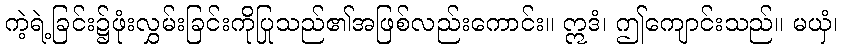
ကဲ့ရဲ့ခြင်း၌ဖုံးလွှမ်းခြင်းကိုပြုသည်၏အဖြစ်လည်းကောင်း။ ဣဒံ၊ ဤကျောင်းသည်။ မယှံ၊